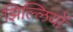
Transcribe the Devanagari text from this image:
झिल्‍लियों